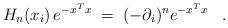
LaTeX: \begin{align*}H_n(x_i) \, e^{-x^Tx} \;=\; (-\partial_i)^n e^{-x^Tx} \;\;\;.\end{align*}